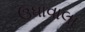
ઉધાવાલા